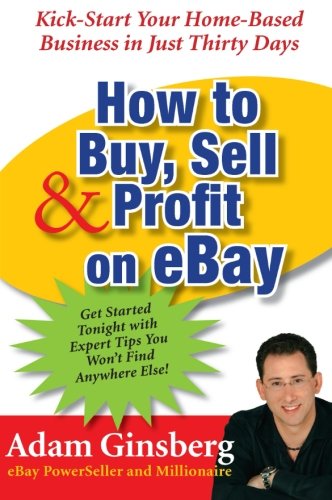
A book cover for How to Buy, Sell, and Profit on eBay: Kick-Start Your Home-Based Business in Just Thirty Days; Adam Ginsberg; Computers & Technology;